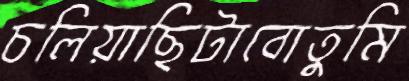
চলিয়াছিটাবোতুমি